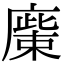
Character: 𢊳